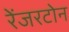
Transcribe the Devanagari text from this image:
रेंजरटोन